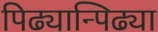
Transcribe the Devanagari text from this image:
पिढ्यान्पिढ्या